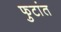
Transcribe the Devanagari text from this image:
फुटांत